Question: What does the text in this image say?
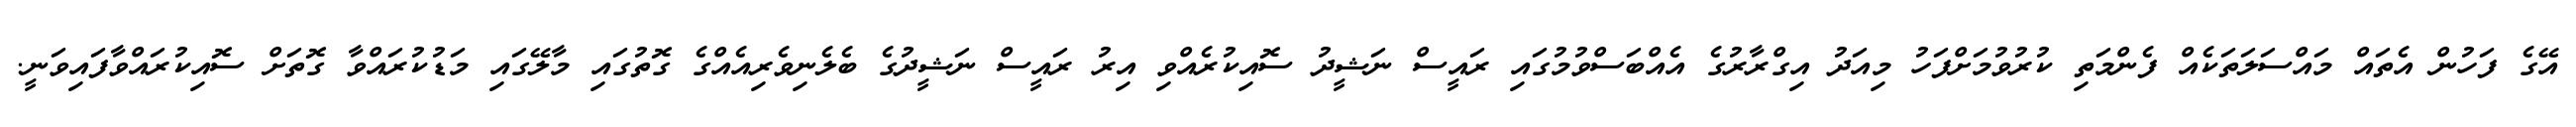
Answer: އޭގެ ފަހުން އެތައް މައްސަލަތަކެއް ފެންމަތި ކުރުވުމަށްފަހު މިއަދު އިގްރާރުގެ އެއްބަސްވުމުގައި ރައީސް ނަޝީދު ސޮއިކުރެއްވި އިރު ރައީސް ނަޝީދުގެ ބެލެނިވެރިއެއްގެ ގޮތުގައި މާލޭގައި މަޑުކުރައްވާ ގޮތަށް ސޮއިކުރައްވާފައިވަނީ.